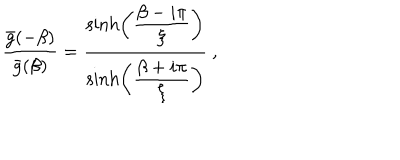
{ \frac { { \bar { g } } ( - \beta ) } { { \bar { g } } ( \beta ) } } = { \frac { \sinh \left( { \frac { \displaystyle \beta - i \pi } { \displaystyle \xi } } \right) } { \sinh \left( { \frac { \displaystyle \beta + i \pi } { \displaystyle \xi } } \right) } } \ ,